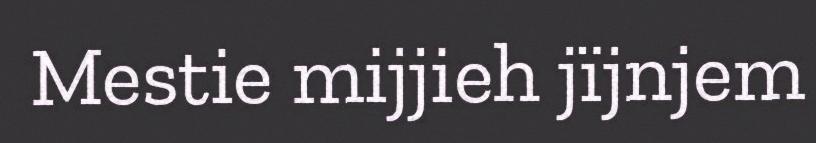
Mestie mijjieh jïjnjem